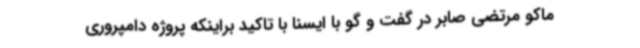
ماکو مرتضی صابر در گفت و گو با ایسنا با تاکید براینکه پروژه دامپروری